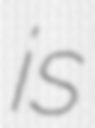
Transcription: is